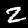
Digit: 2